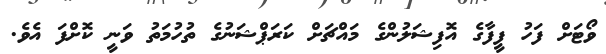
ވޯޓަށް ފަހު ފީފާގެ އޮފިޝަލުންގެ މައްޗަށް ކަރަޕްޝަނުގެ ތުހުމަތު ވަނީ ކޮށްފަ އެވެ.